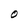
Character: O